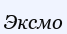
Эксмо